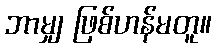
ဘာမျှ ဖြစ်ဟန်မတူ။